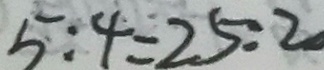
5 : 4 = 2 5 : 2